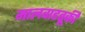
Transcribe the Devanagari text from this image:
मालवाहतूकी